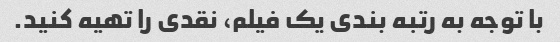
با توجه به رتبه بندی یک فیلم، نقدی را تهیه کنید.